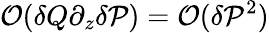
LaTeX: \mathcal{O}(\delta Q\partial_{z}\delta\mathcal{P})=\mathcal{O}(\delta\mathcal{P}^{2})